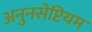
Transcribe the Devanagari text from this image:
अनुनसेप्टियम